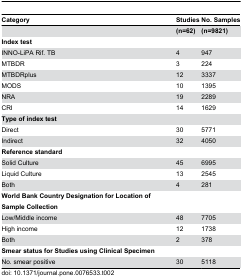
| Category | Studies | No. Samples |
 | --- | --- | --- |
 |  | (n=62) | (n=9821) |
 | Index test |  |  |
 | INNO-LiPA Rif. TB | 4 | 947 |
 | MTBDR | 3 | 224 |
 | MTBDRplus | 12 | 3337 |
 | MODS | 10 | 1395 |
 | NRA | 19 | 2289 |
 | CRI | 14 | 1629 |
 | Type of index test |  |  |
 | Direct | 30 | 5771 |
 | Indirect | 32 | 4050 |
 | Reference standard |  |  |
 | Solid Culture | 45 | 6995 |
 | Liquid Culture | 13 | 2545 |
 | Both | 4 | 281 |
 | World Bank Country Designation for Location of Sample Collection |  |  |
 | Low/Middle income | 48 | 7705 |
 | High income | 12 | 1738 |
 | Both | 2 | 378 |
 | Smear status for Studies using Clinical Specimen |  |  |
 | No. smear positive | 30 | 5118 |